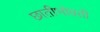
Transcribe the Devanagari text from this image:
छातीभोवती